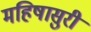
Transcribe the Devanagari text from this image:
महिषासुरी